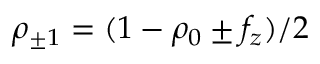
\rho _ { \pm 1 } = ( 1 - \rho _ { 0 } \pm f _ { z } ) / 2